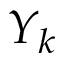
Y _ { k }